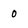
Character: 0